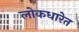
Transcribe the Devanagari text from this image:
लोकधारेत